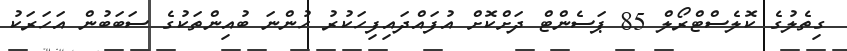
ގިތެލުގެ ކޮލެސްޓްރޯލް 85 ޕަސެންޓް ދަށްކޮށް އުފައްދައިފިހަކުރު ހުންނަ ބުއިންތަކުގެ ސަބަބުން އަހަރަކު